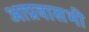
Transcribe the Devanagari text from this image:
आप्रवासभी